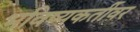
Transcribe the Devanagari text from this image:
भविष्यकर्तीवर